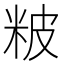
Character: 𥹖